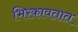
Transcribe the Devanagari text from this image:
भिरकावतात